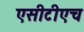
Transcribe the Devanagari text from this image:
एसीटीएच